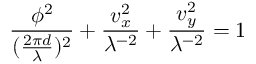
\frac { \phi ^ { 2 } } { ( \frac { 2 \pi d } { \lambda } ) ^ { 2 } } + \frac { v _ { x } ^ { 2 } } { \lambda ^ { - 2 } } + \frac { v _ { y } ^ { 2 } } { \lambda ^ { - 2 } } = 1